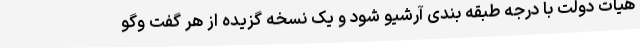
هیات دولت با درجه طبقه بندی آرشیو شود و یک نسخه گزیده از هر گفت وگو